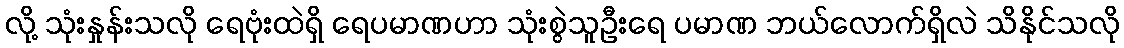
လို့ သုံးနှုန်းသလို ရေဗုံးထဲရှိ ရေပမာဏဟာ သုံးစွဲသူဦးရေ ပမာဏ ဘယ်လောက်ရှိလဲ သိနိုင်သလို